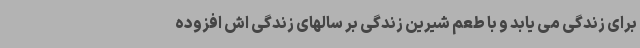
برای زندگی می یابد و با طعم شیرین زندگی بر سالهای زندگی اش افزوده